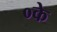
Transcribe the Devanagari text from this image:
०के